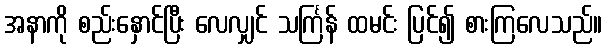
အနာကို စည်းနှောင်ပြီး လေလျှင် သင်္ကြန် ထမင်း ပြင်၍ စားကြလေသည်။